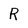
Character: R